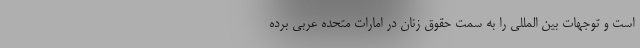
است و توجهات بین المللی را به سمت حقوق زنان در امارات متحده عربی برده